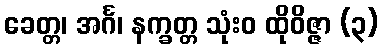
ခေတ္တ၊ အင်္ဂ၊ နက္ခတ္တ သုံးဝ ထိုဝိဇ္ဇာ (၃)